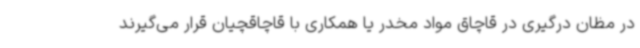
در مظان درگیری در قاچاق مواد مخدر یا همکاری با قاچاقچیان قرار می‌گیرند